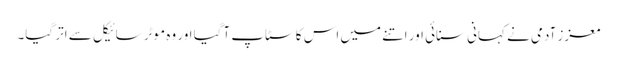
معزز آدمی نے کہانی سنائی اور اتنے میں اس کا سٹاپ آگیا اور وہ موٹر سائیکل سے اتر گیا۔